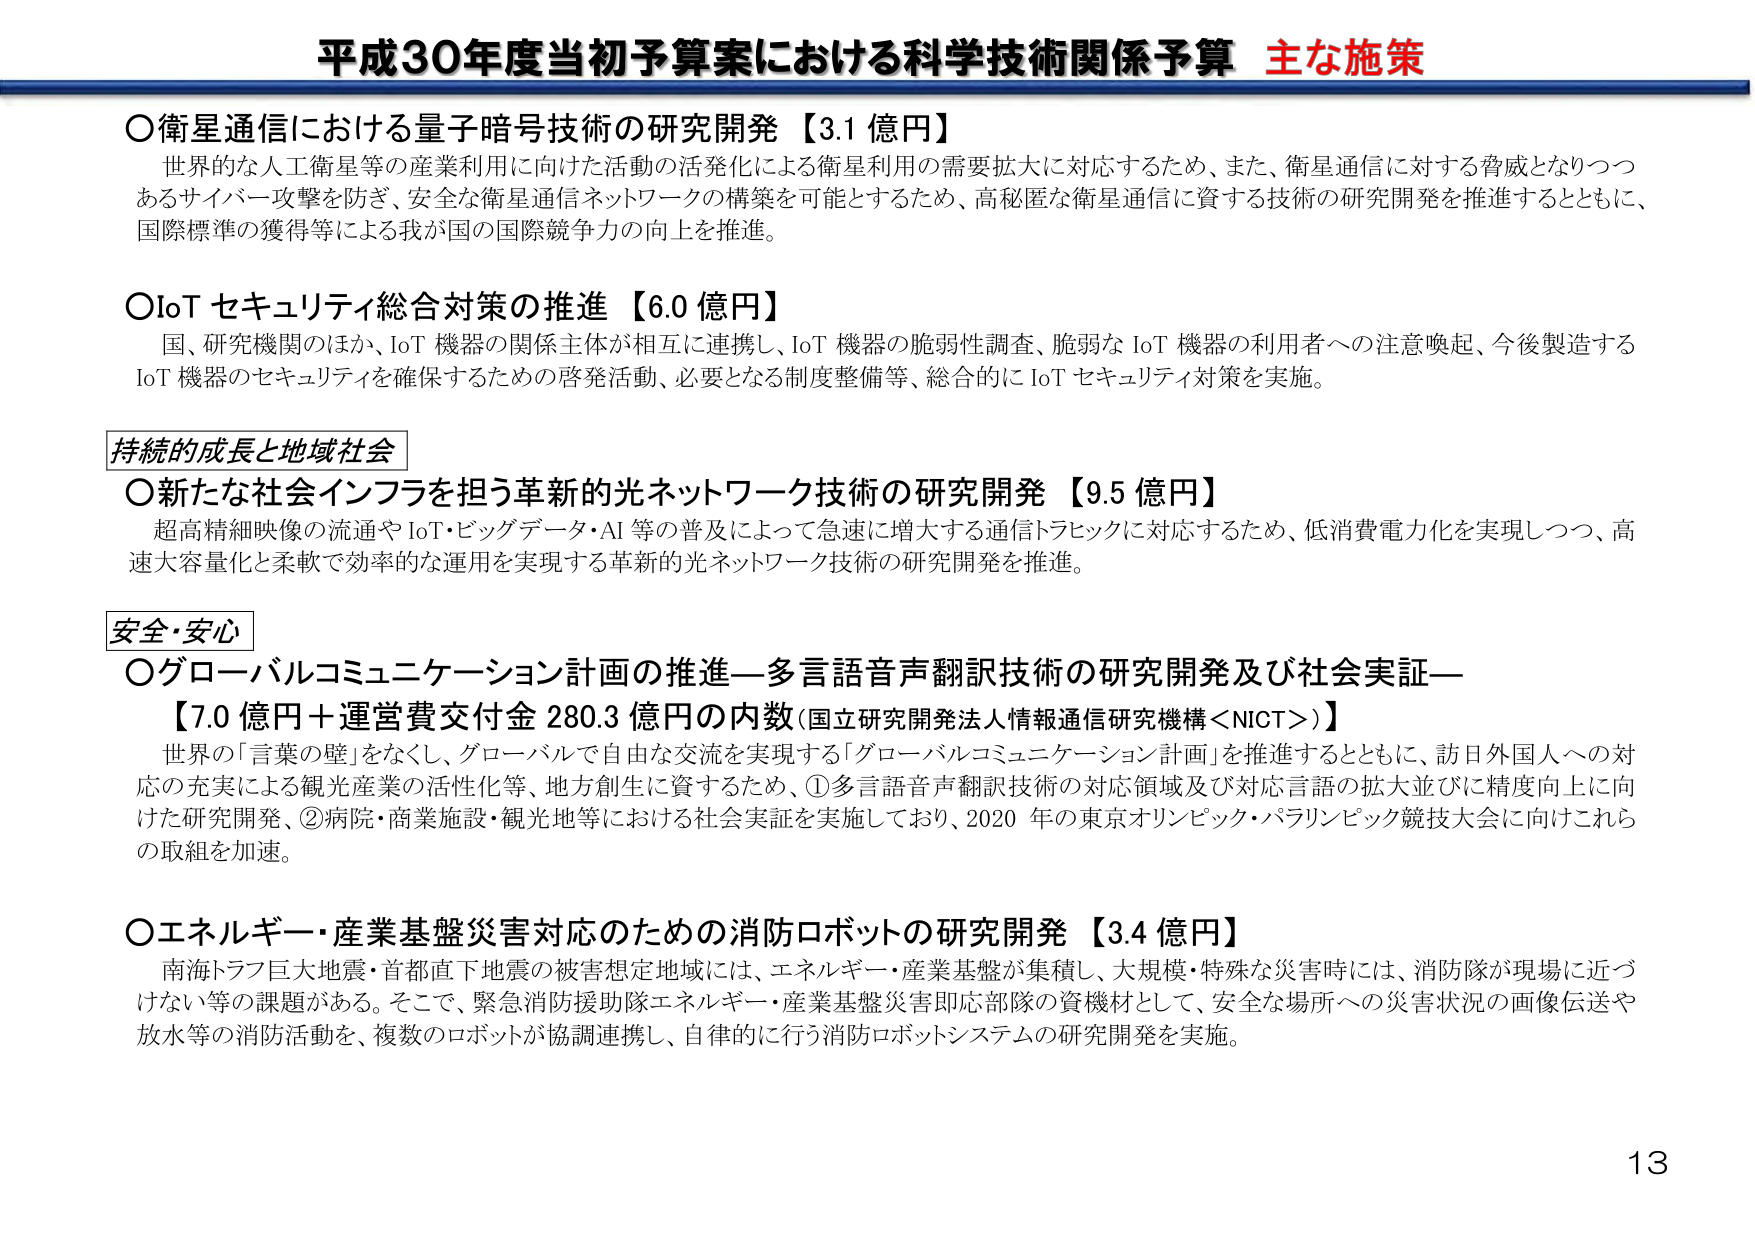
平成30年度当初予算案における科学技術関係予算 主な施策

○衛星通信における量子暗号技術の研究開発【3.1 億円】
世界的な人工衛星等の産業利用に向けた活動の活発化による衛星利用の需要拡大に対応するため、また、衛星通信に対する脅威となりつつあるサイバー攻撃を防ぎ、安全な衛星通信ネットワークの構築を可能とするため、高秘匿な衛星通信に資する技術の研究開発を推進するとともに、国際標準の獲得等による我が国の国際競争力の向上を推進。

○IoT セキュリティ総合対策の推進【6.0 億円】
国、研究機関のほか、IoT 機器の関係主体が相互に連携し、IoT 機器の脆弱性調査、脆弱な IoT 機器の利用者への注意喚起、今後製造するIoT 機器のセキュリティを確保するための啓発活動、必要となる制度整備等、総合的に IoT セキュリティ対策を実施。

持続的成長と地域社会
○新たな社会インフラを担う革新的光ネットワーク技術の研究開発【9.5 億円】
超高精細映像の流通や IoT・ビッグデータ・AI 等の普及によって急速に増大する通信トラフィックに対応するため、低消費電力化を実現しつつ、高速大容量化と柔軟で効率的な運用を実現する革新的光ネットワーク技術の研究開発を推進。

安全・安心
○グローバルコミュニケーション計画の推進―多言語音声翻訳技術の研究開発及び社会実証―
【7.0 億円＋運営費交付金 280.3 億円の内数（国立研究開発法人情報通信研究機構＜NICT＞）】
世界の「言葉の壁」をなくし、グローバルで自由な交流を実現する「グローバルコミュニケーション計画」を推進するとともに、訪日外国人への対応の充実による観光産業の活性化等、地方創生に資するため、①多言語音声翻訳技術の対応領域及び対応言語の拡大並びに精度向上に向けた研究開発、②病院・商業施設・観光地等における社会実証を実施しており、2020 年の東京オリンピック・パラリンピック競技大会に向けこれらの取組を加速。

○エネルギー・産業基盤災害対応のための消防ロボットの研究開発【3.4 億円】
南海トラフ巨大地震・首都直下地震の被害想定地域には、エネルギー・産業基盤が集積し、大規模・特殊な災害時には、消防隊が現場に近づけない等の課題がある。そこで、緊急消防援助隊エネルギー・産業基盤災害即応部隊の資機材として、安全な場所への災害状況の画像伝送や放水等の消防活動を、複数のロボットが協調連携し、自律的に行う消防ロボットシステムの研究開発を実施。

13